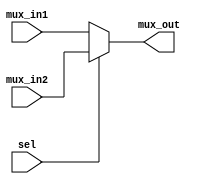
`timescale 1ns / 1ps



module PC_mux(mux_in1, mux_in2, sel, mux_out);
    //Input and output declaration
    input [63:0] mux_in1, mux_in2;
    input sel;
    output reg [63:0] mux_out; 
    
    //If select (sel) is 1, output mux_in2, otherwise output mux_in1
     always@(mux_in1, mux_in2, sel) begin    
        mux_out = mux_in1;
        if(sel) begin
             mux_out = mux_in2; 
        end
    end
endmodule